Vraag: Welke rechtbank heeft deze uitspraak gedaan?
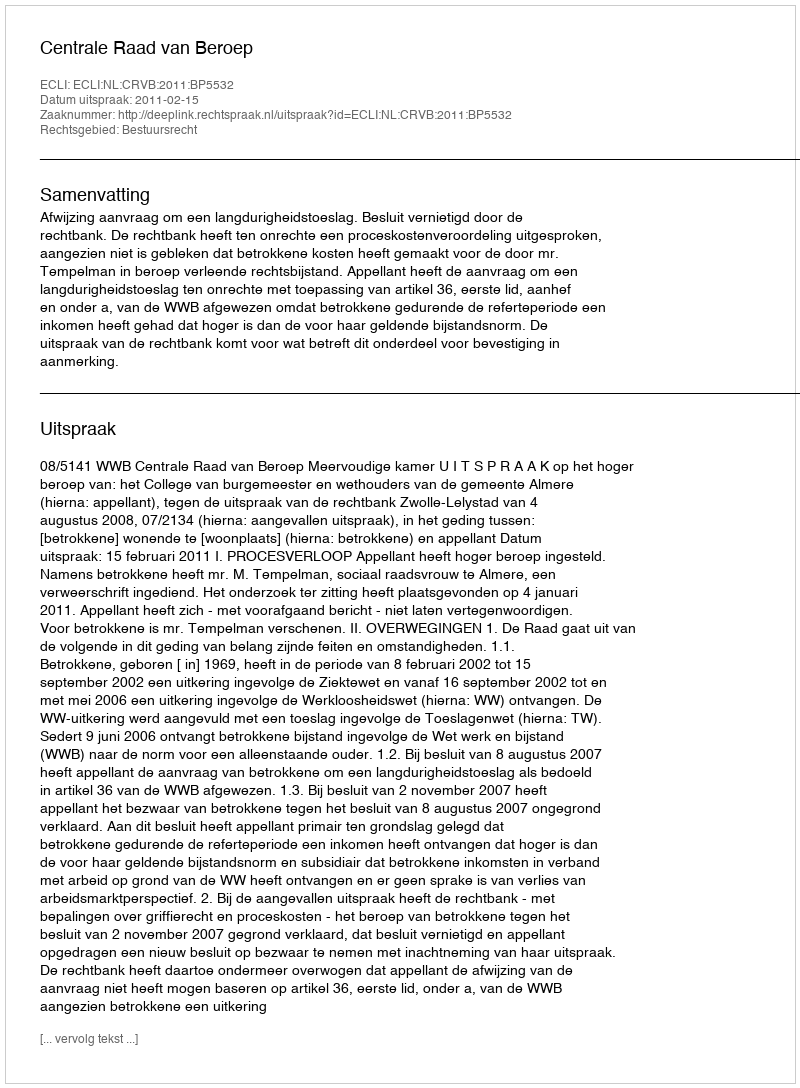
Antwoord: Centrale Raad van Beroep